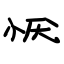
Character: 恹